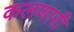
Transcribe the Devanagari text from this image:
कलणारी